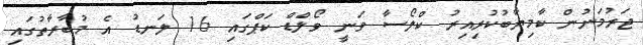
ޖަރުމަނުން ކާމިޔާބުކުރިއިރު ކްލޯސާ ވަނީ ވޯލްޑް ކަޕްގައި 16 ލަނޑު އެ މުބާރާތުގައި